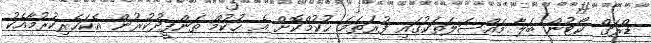
ޑްރަގް ކޯޓުން ބަލާ މައްސަލަތަކުގައި ފުރަތަމަ ޙުކުމްކޮށް އެ ޙުކުމް ތަންފީޛުކުރުން އެކަހެރިކުރުމާއެކު